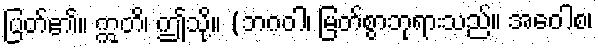
ပြတ်၏။ ဣတိ၊ ဤသို့။ (ဘဂဝါ၊ မြတ်စွာဘုရားသည်။ အဝေါစ၊